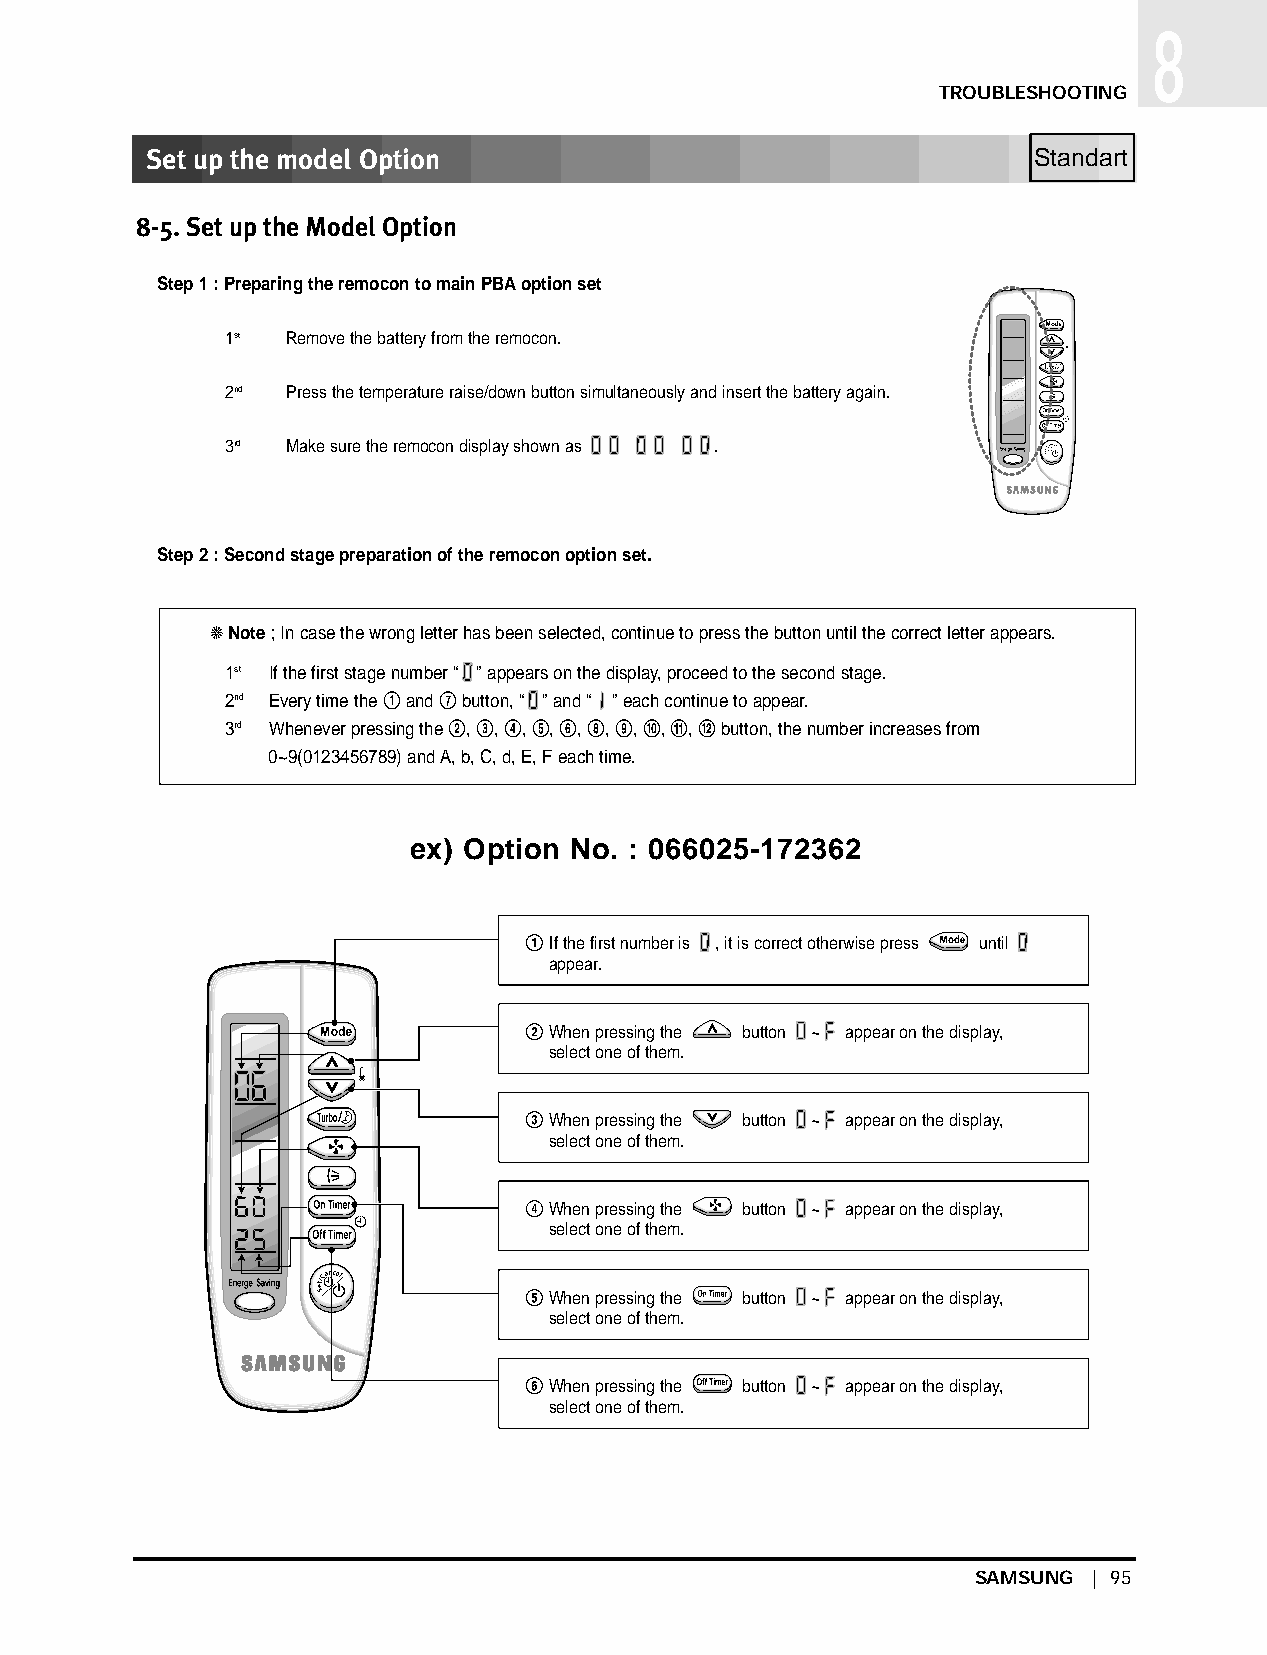
DB98_08187A(1)_57~100 3/27/03 2:24 PM Page 95
 18
 TROUBLESHOOTING
 Set up the model Option
 8-5. Set up the Model Option
 Step 1 : Preparing the remocon to main PBAoption set
 1st Remove the battery from the remocon.
 2nd Press the temperature raise/down button simultaneously and insert the battery again.
 3rd Make sure the remocon display shown as .
 Step 2 : Second stage preparation of the remocon option set.
 ❈ Note; In case the wrong letter has been selected, continue to press the button until the correct letter appears.
 1st If the first stage number “ ” appears on the display, proceed to the second stage.
 2nd Every time the !and &button, “ ” and “ ” each continue to appear.
 3rd Whenever pressing the @, #, $, %, ^, *, (, ), 1, 2button, the number increases from
 0~9(0123456789) and A, b, C, d, E, F each time.
 ex) Option No. : 066025-172362
 ! If the first number is , it is correct otherwise press until
 appear.
 @ When pressing the button ~ appear on the display,
 select one of them.
 # When pressing the button ~ appear on the display,
 select one of them.
 $ When pressing the button ~ appear on the display,
 select one of them.
 % When pressing the button ~ appear on the display,
 select one of them.
 ^ When pressing the button ~ appear on the display,
 select one of them.
 SAMSUNG | 95